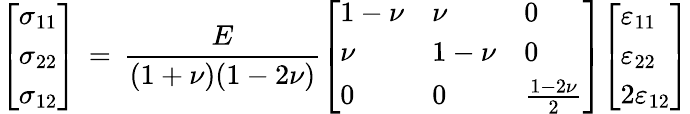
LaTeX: {\left[\begin{array}{l}{\sigma_{11}}\\ {\sigma_{22}}\\ {\sigma_{12}}\end{array}\right]}\, =\, {\frac{E}{(1+\nu)(1-2\nu)}}{\left[\begin{array}{lll}{1-\nu}&{\nu}&{0}\\ {\nu}&{1-\nu}&{0}\\ {0}&{0}&{{\frac{1-2\nu}{2}}}\end{array}\right]}{\left[\begin{array}{l}{\varepsilon_{11}}\\ {\varepsilon_{22}}\\ {2\varepsilon_{12}}\end{array}\right]}